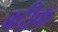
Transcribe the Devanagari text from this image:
बदीक